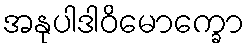
အနုပါဒါဝိမောက္ခော